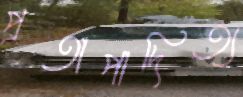
প্রতাপাদিত্য